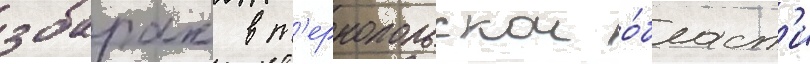
збараж в т'ернопольскои о́бласт'и